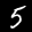
Label: 5